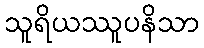
သူရိယဿူပနိသာ